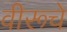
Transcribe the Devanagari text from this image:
वीरूचे